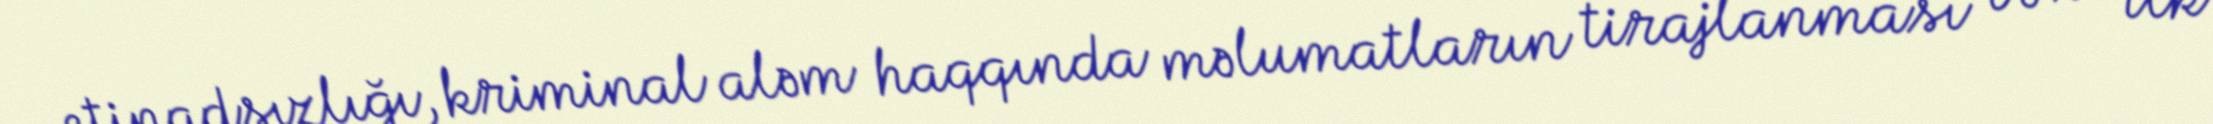
etinadsızlığı, kriminal aləm haqqında məlumatların tirajlanması və s. ilk